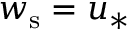
w _ { \mathrm { s } } = u _ { * }